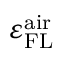
\varepsilon _ { \mathrm { F L } } ^ { \mathrm { a i r } }